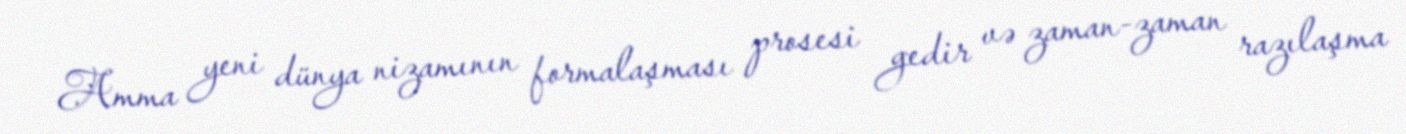
Amma yeni dünya nizamının formalaşması prosesi gedir və zaman-zaman razılaşma